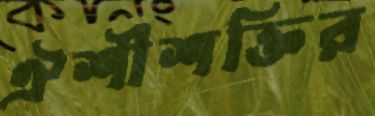
ঐশীশক্তির